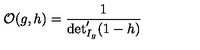
{ \cal O } ( g , h ) = \frac { 1 } { \det _ { I _ { g } } ^ { \prime } ( 1 - h ) }